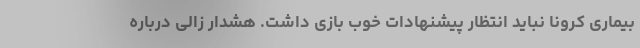
بیماری کرونا نباید انتظار پیشنهادات خوب بازی داشت. هشدار زالی درباره